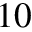
1 0